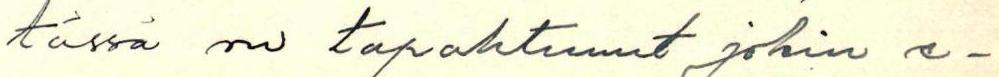
tässä on tapahtunut jokin e-